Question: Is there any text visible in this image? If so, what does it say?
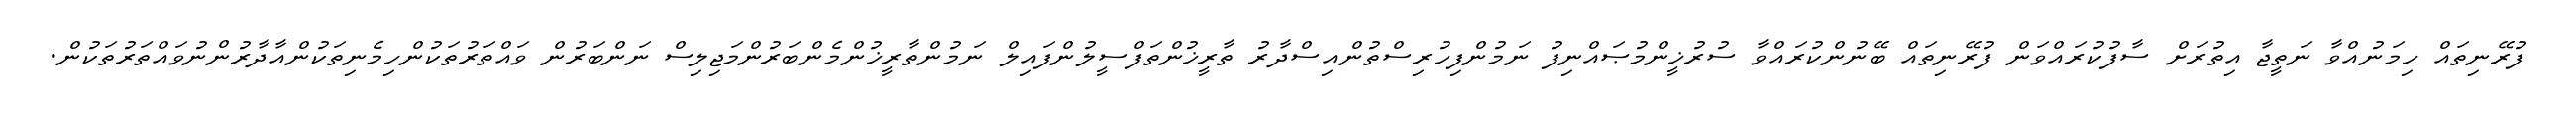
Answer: ފުރޭނިތައް ހިމަނުއްވާ ނަތީޖާ އިތުރަށް ސާފުކުރައްވަން ފުރޭނިތައް ބޭނުންކުރައްވާ ސުރުޚީންމުޞައްނިފު ނަމުންފިހުރިސްތުންއިސްދާރު ތާރީޚުންތަފްސީލުންފައިލް ނަމުންތާރީޚުންމެންބަރުންމަޖިލިސް ނަންބަރުން ވައްތަރުތަކުންހިމެނިތަކުންއާދާރުންނުވައްތަރުތަކުން.